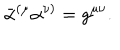
\bar { \alpha } ^ { ( \mu } \alpha ^ { \nu ) } = g ^ { \mu \nu } .